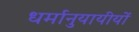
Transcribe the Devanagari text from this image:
धर्मानुयायीयों